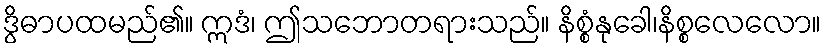
ဒွိဓာပထမည်၏။ ဣဒံ၊ ဤသဘောတရားသည်။ နိစ္စံနုခေါ၊နိစ္စလေလော။